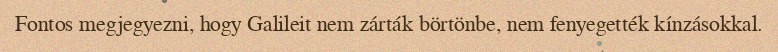
Fontos megjegyezni, hogy Galileit nem zárták börtönbe, nem fenyegették kínzásokkal.